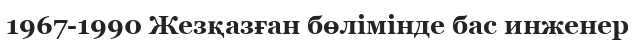
1967-1990 Жезқазған бөлімінде бас инженер